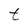
Character: t